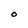
Character: O